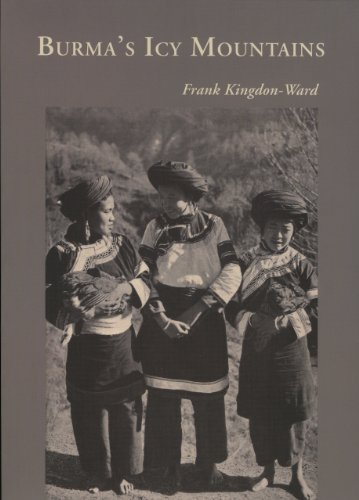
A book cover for Burma's Icy Mountains; Frank Kingdon-Ward; Travel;